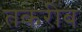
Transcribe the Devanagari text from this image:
तकरीब